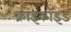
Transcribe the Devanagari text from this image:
क्राइकॉइड